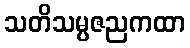
သတိသမ္ပဇညကထာ